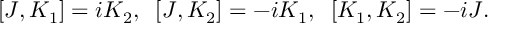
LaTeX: [ J , K _ { 1 } ] = i K _ { 2 } , \; \; [ J , K _ { 2 } ] = - i K _ { 1 } , \; \; [ K _ { 1 } , K _ { 2 } ] = - i J .